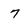
Character: 7